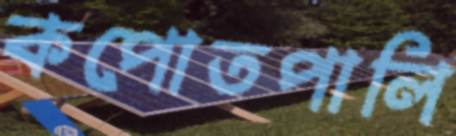
কপোতপালি